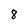
Character: 8